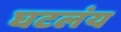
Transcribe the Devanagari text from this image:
घटलंय